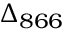
\Delta _ { 8 6 6 }